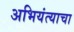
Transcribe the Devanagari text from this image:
अभियंत्याचा